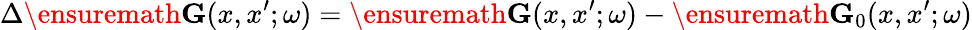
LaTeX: \Delta\ensuremath{\mathbf{G}}(x,x^{\prime};\omega)=\ensuremath{\mathbf{G}}(x,x^{\prime};\omega)-\ensuremath{\mathbf{G}}_{0}(x,x^{\prime};\omega)